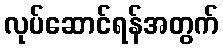
လုပ်ဆောင်ရန်အတွက်